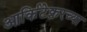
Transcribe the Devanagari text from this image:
आर्किटेक्चरच्या